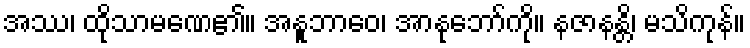
အဿ၊ ထိုသာမဏေ၏။ အနူဘာဝေ၊ အာနုဘော်ကို။ နဇာနန္တိ၊ မသိကုန်။